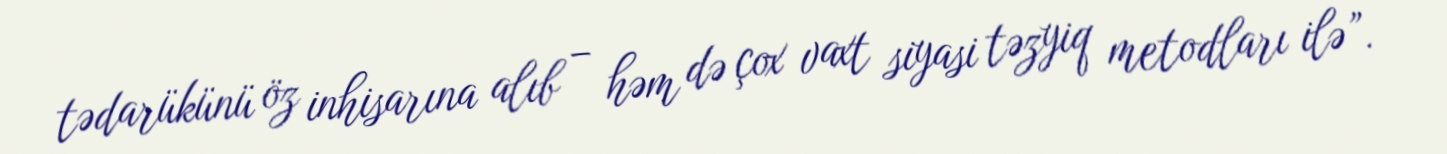
tədarükünü öz inhisarına alıb – həm də çox vaxt siyasi təzyiq metodları ilə”.